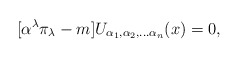
\begin{align*}\lbrack \alpha ^{\lambda }\pi _{\lambda }-m]U_{\alpha _{1},\alpha_{2},\ldots \alpha _{n}}(x)=0, \end{align*}